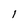
Character: 1